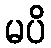
မပိ